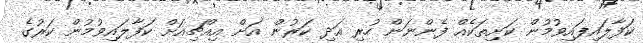
ކަފާލައިފައިވުމުން ކަށިތަކެއް ފެންނަން ހުރި އަދި ކަރުން އަށް އިއްޗިއަށް ކަފާލައިވުމުން ކަރުގެ